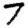
Digit: 7